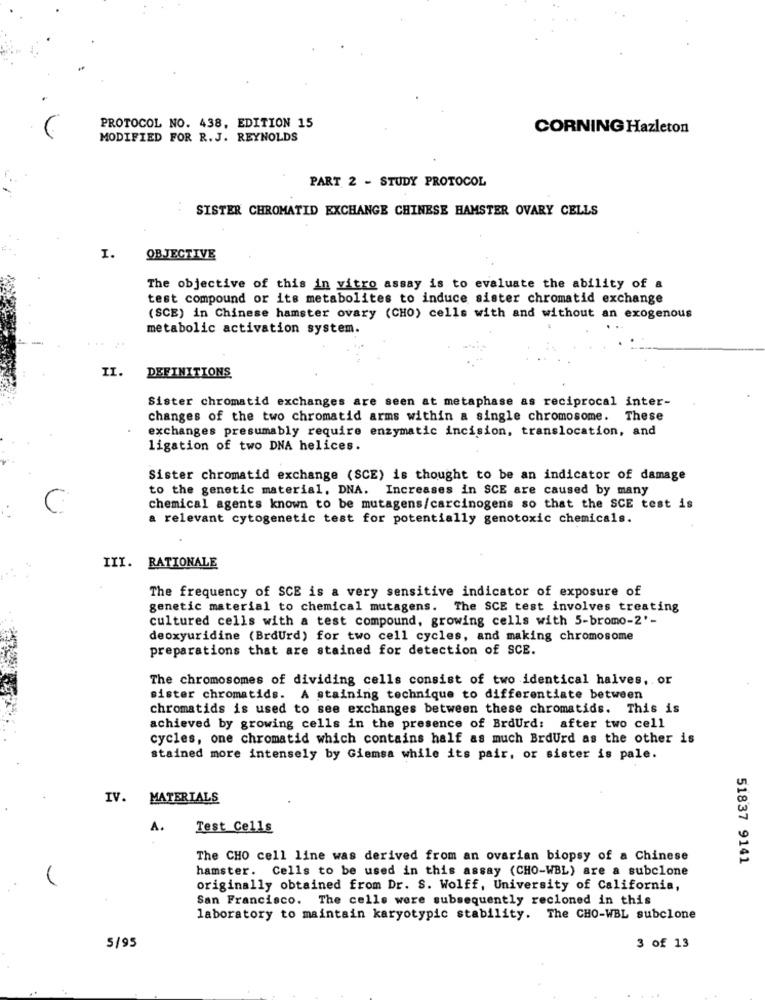
PROTOCOL NO. 438, EDITION 15
CORNING Hazleton
MODIFIED FOR R. J. REYNOLDS
PART 2 - STUDY PROTOCOL
SISTER CHROMATID EXCHANGE CHINESE HAMSTER OVARY CELLS
I.
OBJECTIVE
The objective of this in vitro assay is to evaluate the ability of a
test compound or its metabolites to induce sister chromatid exchange
(SCE) in Chinese hamster ovary (CHO) cells with and without an exogenous
metabolic activation system.
DEFINITIONS
II.
Sister chromatid exchanges are seen at metaphase as reciprocal inter-
changes of the two chromatid arms within a single chromosome. These
exchanges presumably require enzymatic incision, translocation, and
ligation of two DNA helices.
Sister chromatid exchange (SCE) is thought to be an indicator of damage
to the genetic material, DNA. Increases in SCE are caused by many
chemical agents known to be mutagens/carcinogens so that the SCE test is
a relevant cytogenetic test for potentially genotoxic chemicals.
III. RATIONALE
The frequency of SCE is a very sensitive indicator of exposure of
genetic material to chemical mutagens. The SCE test involves treating
cultured cells with a test compound, growing cells with 5-bromo-2'-
deoxyuridine (BrdUrd) for two cell cycles, and making chromosome
preparations that are stained for detection of SCE.
The chromosomes of dividing cells consist of two identical halves, or
sister chromatids. A staining technique to differentiate between
chromatids is used to see exchanges between these chromatids. This is
achieved by growing cells in the presence of BrdUrd: after two cell
cycles, one chromatid which contains half as much BrdUrd as the other is
stained more intensely by Giemsa while its pair, or sister is pale.
IV. MATERIALS
A.
Test Cells
The CHO cell line was derived from an ovarian biopsy of a Chinese
51837 9141
hamster. Cells to be used in this assay (CHO-WBL) are a subclone
originally obtained from Dr. S. Wolff, University of California,
San Francisco. The cells were subsequently recloned in this
laboratory to maintain karyotypic stability. The CHO-WBL subclone
5/95
3 of 13